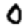
Digit: 0